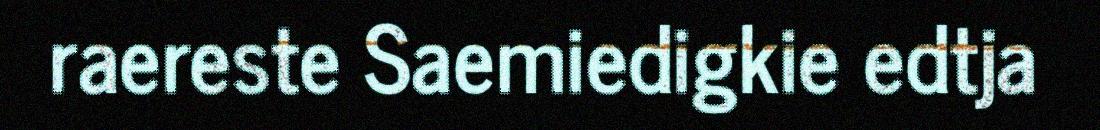
raereste Saemiedigkie edtja